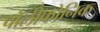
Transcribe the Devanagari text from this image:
पोलीफोनिक